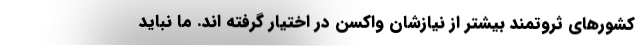
کشورهای ثروتمند بیشتر از نیازشان واکسن در اختیار گرفته اند. ما نباید